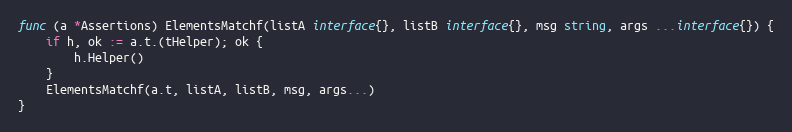
Language: Go
func (a *Assertions) ElementsMatchf(listA interface{}, listB interface{}, msg string, args ...interface{}) {
	if h, ok := a.t.(tHelper); ok {
		h.Helper()
	}
	ElementsMatchf(a.t, listA, listB, msg, args...)
}